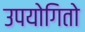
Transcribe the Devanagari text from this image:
उपयोगितो